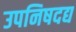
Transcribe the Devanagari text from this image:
उपनिषदद्य